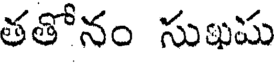
తతోనం సుఖమ